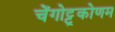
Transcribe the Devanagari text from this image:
चेंगोट्टूकोणम